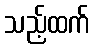
သည့်ထက်